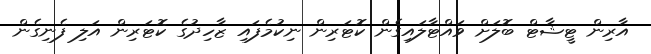
އާރިން ޓީޝާޓް ބޮލަށް ވައްޓާލައިގެން ކޮޓަރިން ނިކުމެފައި ޒާހިދުގެ ކޮޓަރިން އަލި ފެނިގެން